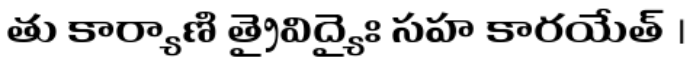
తు కార్యాణి త్రైవిద్యైః సహ కారయేత్ ।